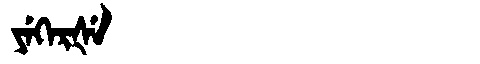
Manchu: ᠶᡝᡴᡝᡵᡧᡝ
Romanization: YEKERŠE